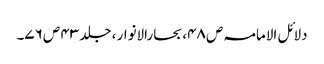
دلائل الامامہ ص ۴۸، بحارالانوار ، جلد ۴۳ ص ۷۶۔